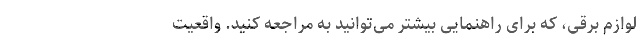
لوازم برقی، که برای راهنمایی بیشتر می‌توانید به مراجعه کنید. واقعیت